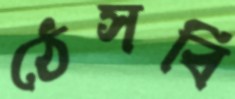
ঠেসবি